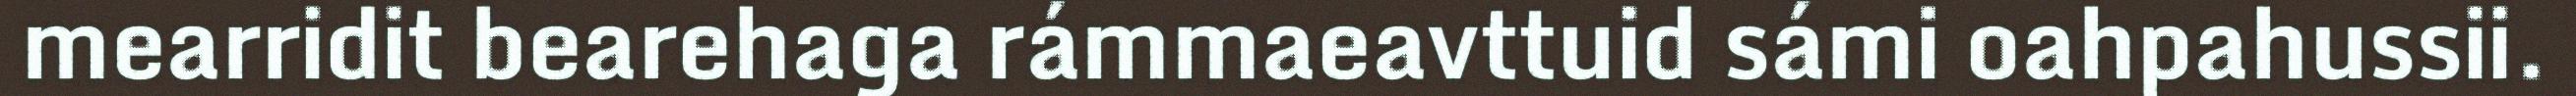
mearridit bearehaga rámmaeavttuid sámi oahpahussii.